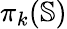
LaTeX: \pi_{k}(\mathbb{S})